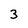
Character: 3